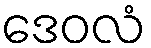
ဒေဝလံ